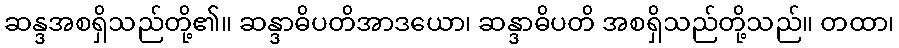
ဆန္ဒအစရှိသည်တို့၏။ ဆန္ဒာဓိပတိအာဒယော၊ ဆန္ဒာဓိပတိ အစရှိသည်တို့သည်။ တထာ၊